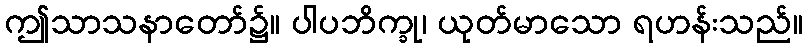
ဤသာသနာတော်၌။ ပါပဘိက္ခု၊ ယုတ်မာသော ရဟန်းသည်။